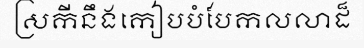
ស្រកីនឹងកៀបបំបែកលលាដ៏